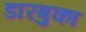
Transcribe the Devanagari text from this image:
डारबुका